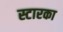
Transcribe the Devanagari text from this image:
स्टारका